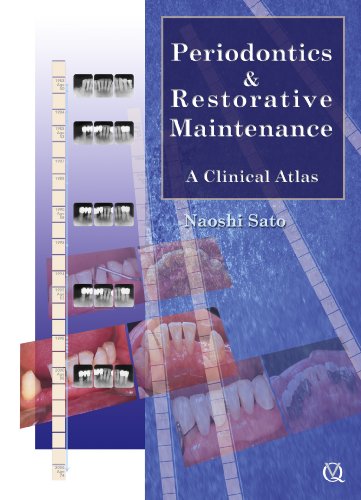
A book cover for Periodontics & Restorative Maintenance: A Clinical Atlas; Naoshi Sato; Medical Books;